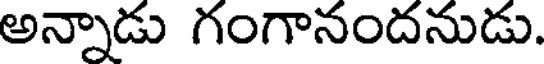
అన్నాడు గంగానందనుడు.